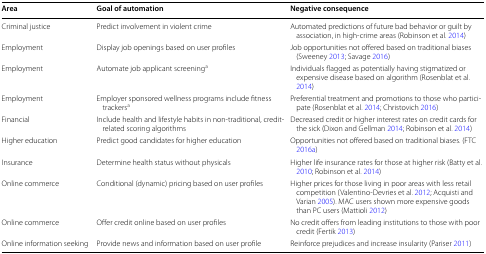
| Area | Goal of automation | Negative consequence |
 | --- | --- | --- |
 | Criminal justice | Predict involvement in violent crime | Automated predictions of future bad behavior or guilt by association, in high-crime areas (Robinson et al. 2014) |
 | Employment | Display job openings based on user profiles | Job opportunities not offered based on traditional biases (Sweeney 2013; Savage 2016) |
 | Employment | Automate job applicant screeninga | Individuals flagged as potentially having stigmatized or expensive disease based on algorithm (Rosenblat et al. 2014) |
 | Employment | Employer sponsored wellness programs include fitness trackersa | Preferential treatment and promotions to those who participate (Rosenblat et al. 2014; Christovich 2016) |
 | Financial | Include health and lifestyle habits in non-traditional, credit-related scoring algorithms | Decreased credit or higher interest rates on credit cards for the sick (Dixon and Gellman 2014; Robinson et al. 2014) |
 | Higher education | Predict good candidates for higher education | Opportunities not offered based on traditional biases. (FTC 2016a) |
 | Insurance | Determine health status without physicals | Higher life insurance rates for those at higher risk (Batty et al. 2010; Robinson et al. 2014) |
 | Online commerce | Conditional (dynamic) pricing based on user profiles | Higher prices for those living in poor areas with less retail competition (Valentino-Devries et al. 2012; Acquisti and Varian 2005). MAC users shown more expensive goods than PC users (Mattioli 2012) |
 | Online commerce | Offer credit online based on user profiles | No credit offers from leading institutions to those with poor credit (Fertik 2013) |
 | Online information seeking | Provide news and information based on user profile | Reinforce prejudices and increase insularity (Pariser 2011) |